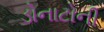
ડોનાટોની